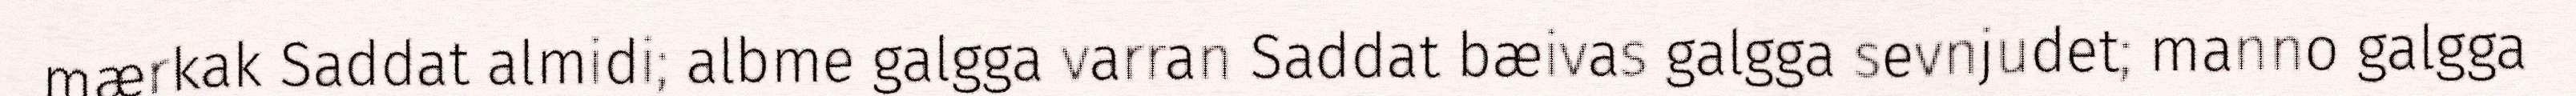
mærkak Saddat almidi; albme galgga varran Saddat bæivas galgga sevnjudet; manno galgga